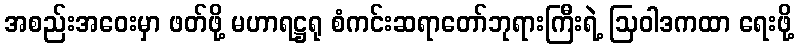
အစည်းအဝေးမှာ ဖတ်ဖို့ မဟာရဋ္ဌရု စံကင်းဆရာတော်ဘုရားကြီးရဲ့ ဩဝါဒကထာ ရေးဖို့